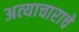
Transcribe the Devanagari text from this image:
अत्‍याचाराचे